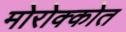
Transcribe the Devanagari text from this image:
मोरोक्कोत